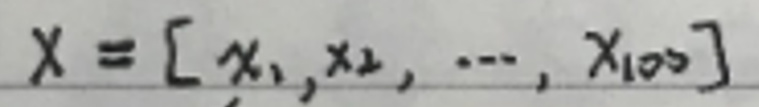
$X = [ x _ { 1 }, x _ { 2 }, \cdots, x _ { 1 0 0 } ]$